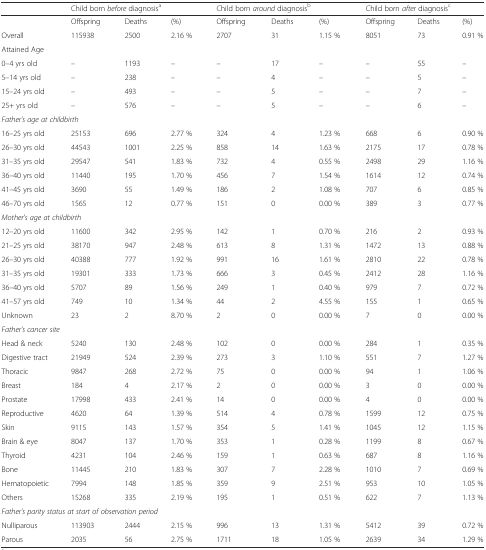
<table><thead><tr><td></td><td colspan="3"><b>Child born <i>before</i> diagnosis<sup>a</sup></b></td><td colspan="3"><b>Child born <i>around</i> diagnosis<sup>b</sup></b></td><td colspan="3"><b>Child born <i>after</i> diagnosis<sup>c</sup></b></td></tr></thead><tbody><tr><td></td><td>Offspring</td><td>Deaths</td><td>(%)</td><td>Offspring</td><td>Deaths</td><td>(%)</td><td>Offspring</td><td>Deaths</td><td>(%)</td></tr><tr><td>Overall</td><td>115938</td><td>2500</td><td>2.16 %</td><td>2707</td><td>31</td><td>1.15 %</td><td>8051</td><td>73</td><td>0.91 %</td></tr><tr><td colspan="10">Attained Age</td></tr><tr><td>0–4 yrs old</td><td>–</td><td>1193</td><td>–</td><td>–</td><td>17</td><td>–</td><td>–</td><td>55</td><td>–</td></tr><tr><td>5–14 yrs old</td><td>–</td><td>238</td><td>–</td><td>–</td><td>4</td><td>–</td><td>–</td><td>5</td><td>–</td></tr><tr><td>15–24 yrs old</td><td>–</td><td>493</td><td>–</td><td>–</td><td>5</td><td>–</td><td>–</td><td>7</td><td>–</td></tr><tr><td>25+ yrs old</td><td>–</td><td>576</td><td>–</td><td>–</td><td>5</td><td>–</td><td>–</td><td>6</td><td>–</td></tr><tr><td colspan="10"><i>Father&#x27;s age at childbirth</i></td></tr><tr><td>16–25 yrs old</td><td>25153</td><td>696</td><td>2.77 %</td><td>324</td><td>4</td><td>1.23 %</td><td>668</td><td>6</td><td>0.90 %</td></tr><tr><td>26–30 yrs old</td><td>44543</td><td>1001</td><td>2.25 %</td><td>858</td><td>14</td><td>1.63 %</td><td>2175</td><td>17</td><td>0.78 %</td></tr><tr><td>31–35 yrs old</td><td>29547</td><td>541</td><td>1.83 %</td><td>732</td><td>4</td><td>0.55 %</td><td>2498</td><td>29</td><td>1.16 %</td></tr><tr><td>36–40 yrs old</td><td>11440</td><td>195</td><td>1.70 %</td><td>456</td><td>7</td><td>1.54 %</td><td>1614</td><td>12</td><td>0.74 %</td></tr><tr><td>41–45 yrs old</td><td>3690</td><td>55</td><td>1.49 %</td><td>186</td><td>2</td><td>1.08 %</td><td>707</td><td>6</td><td>0.85 %</td></tr><tr><td>46–70 yrs old</td><td>1565</td><td>12</td><td>0.77 %</td><td>151</td><td>0</td><td>0.00 %</td><td>389</td><td>3</td><td>0.77 %</td></tr><tr><td colspan="10"><i>Mother&#x27;s age at childbirth</i></td></tr><tr><td>12–20 yrs old</td><td>11600</td><td>342</td><td>2.95 %</td><td>142</td><td>1</td><td>0.70 %</td><td>216</td><td>2</td><td>0.93 %</td></tr><tr><td>21–25 yrs old</td><td>38170</td><td>947</td><td>2.48 %</td><td>613</td><td>8</td><td>1.31 %</td><td>1472</td><td>13</td><td>0.88 %</td></tr><tr><td>26–30 yrs old</td><td>40388</td><td>777</td><td>1.92 %</td><td>991</td><td>16</td><td>1.61 %</td><td>2810</td><td>22</td><td>0.78 %</td></tr><tr><td>31–35 yrs old</td><td>19301</td><td>333</td><td>1.73 %</td><td>666</td><td>3</td><td>0.45 %</td><td>2412</td><td>28</td><td>1.16 %</td></tr><tr><td>36–40 yrs old</td><td>5707</td><td>89</td><td>1.56 %</td><td>249</td><td>1</td><td>0.40 %</td><td>979</td><td>7</td><td>0.72 %</td></tr><tr><td>41–57 yrs old</td><td>749</td><td>10</td><td>1.34 %</td><td>44</td><td>2</td><td>4.55 %</td><td>155</td><td>1</td><td>0.65 %</td></tr><tr><td>Unknown</td><td>23</td><td>2</td><td>8.70 %</td><td>2</td><td>0</td><td>0.00 %</td><td>7</td><td>0</td><td>0.00 %</td></tr><tr><td colspan="10"><i>Father&#x27;s cancer site</i></td></tr><tr><td>Head &amp; neck</td><td>5240</td><td>130</td><td>2.48 %</td><td>102</td><td>0</td><td>0.00 %</td><td>284</td><td>1</td><td>0.35 %</td></tr><tr><td>Digestive tract</td><td>21949</td><td>524</td><td>2.39 %</td><td>273</td><td>3</td><td>1.10 %</td><td>551</td><td>7</td><td>1.27 %</td></tr><tr><td>Thoracic</td><td>9847</td><td>268</td><td>2.72 %</td><td>75</td><td>0</td><td>0.00 %</td><td>94</td><td>1</td><td>1.06 %</td></tr><tr><td>Breast</td><td>184</td><td>4</td><td>2.17 %</td><td>2</td><td>0</td><td>0.00 %</td><td>3</td><td>0</td><td>0.00 %</td></tr><tr><td>Prostate</td><td>17998</td><td>433</td><td>2.41 %</td><td>14</td><td>0</td><td>0.00 %</td><td>4</td><td>0</td><td>0.00 %</td></tr><tr><td>Reproductive</td><td>4620</td><td>64</td><td>1.39 %</td><td>514</td><td>4</td><td>0.78 %</td><td>1599</td><td>12</td><td>0.75 %</td></tr><tr><td>Skin</td><td>9115</td><td>143</td><td>1.57 %</td><td>354</td><td>5</td><td>1.41 %</td><td>1045</td><td>12</td><td>1.15 %</td></tr><tr><td>Brain &amp; eye</td><td>8047</td><td>137</td><td>1.70 %</td><td>353</td><td>1</td><td>0.28 %</td><td>1199</td><td>8</td><td>0.67 %</td></tr><tr><td>Thyroid</td><td>4231</td><td>104</td><td>2.46 %</td><td>159</td><td>1</td><td>0.63 %</td><td>687</td><td>8</td><td>1.16 %</td></tr><tr><td>Bone</td><td>11445</td><td>210</td><td>1.83 %</td><td>307</td><td>7</td><td>2.28 %</td><td>1010</td><td>7</td><td>0.69 %</td></tr><tr><td>Hematopoietic</td><td>7994</td><td>148</td><td>1.85 %</td><td>359</td><td>9</td><td>2.51 %</td><td>953</td><td>10</td><td>1.05 %</td></tr><tr><td>Others</td><td>15268</td><td>335</td><td>2.19 %</td><td>195</td><td>1</td><td>0.51 %</td><td>622</td><td>7</td><td>1.13 %</td></tr><tr><td colspan="10"><i>Father&#x27;s parity status at start of observation period</i></td></tr><tr><td>Nulliparous</td><td>113903</td><td>2444</td><td>2.15 %</td><td>996</td><td>13</td><td>1.31 %</td><td>5412</td><td>39</td><td>0.72 %</td></tr><tr><td>Parous</td><td>2035</td><td>56</td><td>2.75 %</td><td>1711</td><td>18</td><td>1.05 %</td><td>2639</td><td>34</td><td>1.29 %</td></tr></tbody></table>